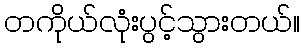
တကိုယ်လုံးပွင့်သွားတယ်။